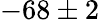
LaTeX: -68\pm 2